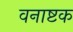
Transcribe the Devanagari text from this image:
वनाष्टक